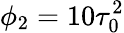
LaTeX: \phi_{2}=10\tau_{0}^{2}